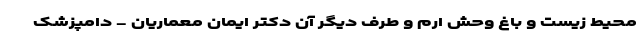
محیط زیست و باغ وحش ارم و طرف دیگر آن دکتر ایمان معماریان - دامپزشک